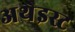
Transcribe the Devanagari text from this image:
अथेइस्ट